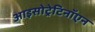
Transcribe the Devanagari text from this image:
आइसोट्रेटिनॉएन